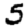
Digit: 5